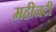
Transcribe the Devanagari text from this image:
महीनदी